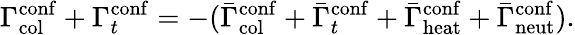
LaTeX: \Gamma_{\mathrm{col}}^{\mathrm{conf}}+\Gamma_{t}^{\mathrm{conf}}=-(\bar{\Gamma}_{\mathrm{col}}^{\mathrm{conf}}+\bar{\Gamma}_{t}^{\mathrm{conf}}+\bar{\Gamma}_{\mathrm{heat}}^{\mathrm{conf}}+\bar{\Gamma}_{\mathrm{neut}}^{\mathrm{conf}}).